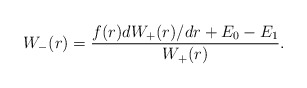
\begin{align*} W_-(r) = \frac{f(r) dW_+(r)/dr + E_0 - E_1}{W_+(r)}. \end{align*}